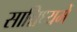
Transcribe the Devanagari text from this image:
सान्निध्‍यमें